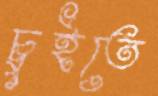
চুইতে